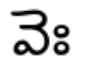
వెః